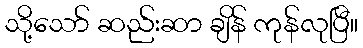
သို့သော် ဆည်းဆာ ချိန် ကုန်လုပြီ။